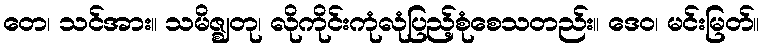
တေ၊ သင်အား။ သမိဇ္ဈတု၊ လိုကိုင်းကုံလုံပြည့်စုံစေသတည်း။ ဒေဝ၊ မင်းမြတ်။